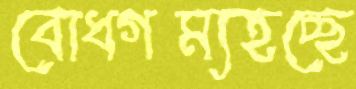
বোধগম্যহচ্ছে